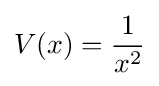
V(x)={\frac {1}{x^{2}}}